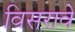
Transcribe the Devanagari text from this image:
विसरावे